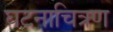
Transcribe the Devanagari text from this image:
घटनाचित्रण